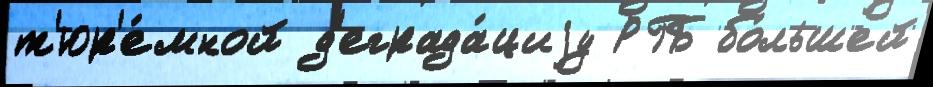
т'юр'е́мной д'еграда́циjу РГБ бо́льшей